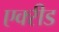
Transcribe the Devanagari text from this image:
एक्‍रीड